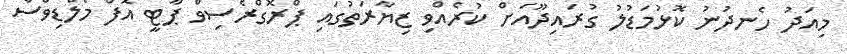
މިއަދު ހެނދުނު ކޮޅުމަޑުލު ގުރައިދޫއަށް ކުރެއްވި ޒިޔާރަތުގައި ޕްރޮގްރެސިވް ޕާޓީ އޮފް މޯލްޑިވްސް